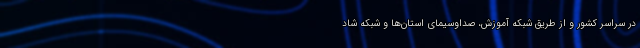
در سراسر کشور و از طریق شبکه آموزش، صداوسیمای استان‌ها و شبکه شاد